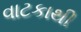
વાટકાથી